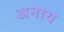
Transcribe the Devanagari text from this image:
अनाय